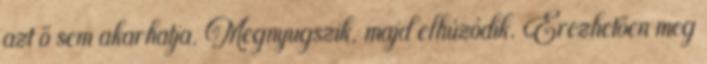
azt ő sem akarhatja. Megnyugszik, majd elhúzódik. Érezhetően meg